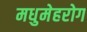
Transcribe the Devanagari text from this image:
मधुमेहरोग